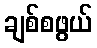
ချစ်စဖွယ်